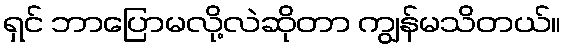
ရှင် ဘာပြောမလို့လဲဆိုတာ ကျွန်မသိတယ်။